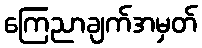
ကြေညာချက်အမှတ်